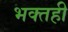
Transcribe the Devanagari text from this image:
भक्तही